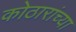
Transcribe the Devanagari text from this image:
कोठारांच्या